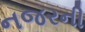
નજરની